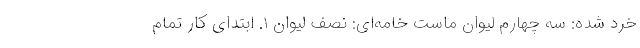
خرد شده: سه چهارم لیوان ماست خامه‌ای: نصف لیوان ۱. ابتدای کار تمام